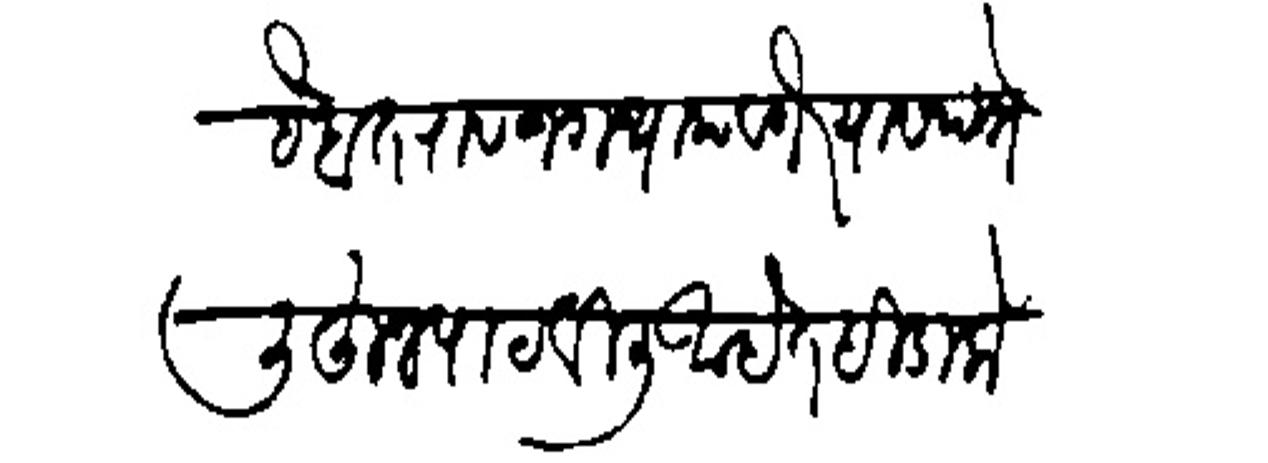
Transliteration (Devanagari): हंबतराव जगताप वगैरे यास पत्रे लिहून पाठविली आहेत ही डाकेवर